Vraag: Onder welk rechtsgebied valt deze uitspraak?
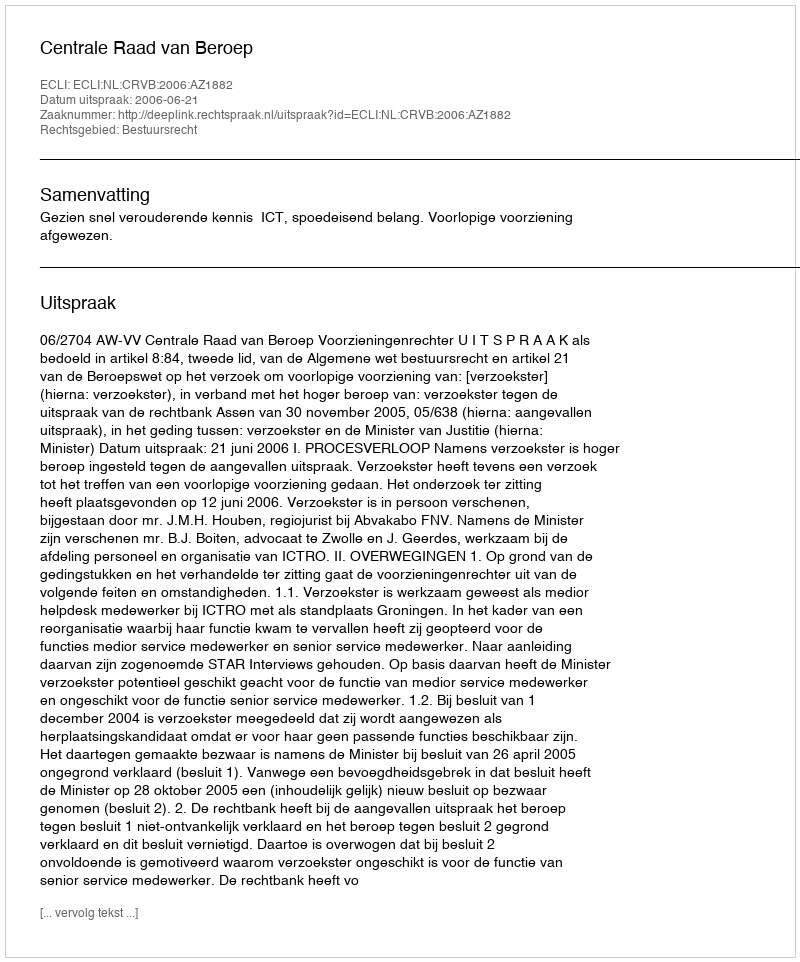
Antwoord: Bestuursrecht